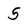
Character: 5